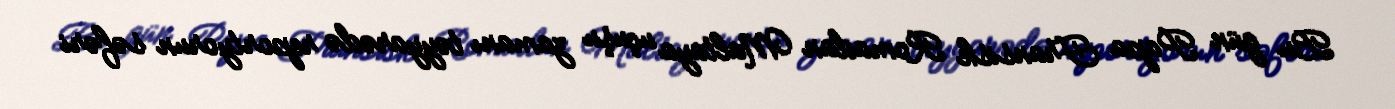
Bu gün Papa Fransisk Romadan Maltaya uçuşu zamanı təyyarədə reportyorun səfəri